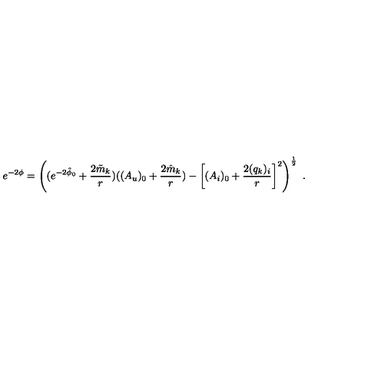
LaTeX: e ^ { - 2 \phi } = \left( ( e ^ { - 2 \hat { \phi } _ { 0 } } + { \frac { 2 \tilde { m } _ { k } } { r } } ) ( ( A _ { u } ) _ { 0 } + { \frac { 2 \hat { m } _ { k } } { r } } ) - \left[ ( A _ { i } ) _ { 0 } + { \frac { 2 ( q _ { k } ) _ { i } } { r } } \right] ^ { 2 } \right) ^ { \frac { 1 } { 2 } } \ .